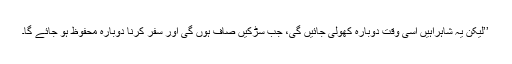
’’لیکن یہ شاہراہیں اسی وقت دوبارہ کھولی جائیں گی، جب سڑکیں صاف ہوں گی اور سفر کرنا دوبارہ محفوظ ہو جائے گا۔